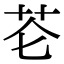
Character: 芲